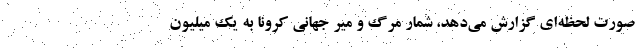
صورت لحظه‌ای گزارش می‌دهد، شمار مرگ و میر جهانی کرونا به یک میلیون